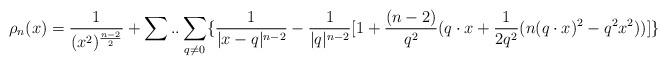
LaTeX: \begin{align*}\rho_{n}(x)=\frac{1}{(x^{2})^{\frac{n-2}{2}}}+\sum..\sum_{q\neq 0}\{\frac{1}{|x-q|^{n-2}}-\frac{1}{|q|^{n-2}}[1+\frac{(n-2)}{q^{2}}(q\cdot x+\frac{1}{2q^{2}}(n(q\cdot x)^2-q^{2}x^{2}))]\}\end{align*}